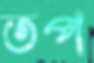
তপ